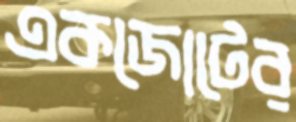
একজোটের